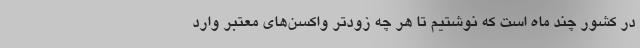
در کشور چند ماه است که نوشتیم تا هر چه زودتر واکسن‌های معتبر وارد